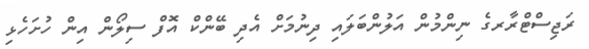
ރަޖިސްޓްރާރގެ ނިންމުން އަލުންބަލައި ދިނުމަށް އެދި ބޭންކް އޮފް ސިލޯން އިން ހުށަހެޅި